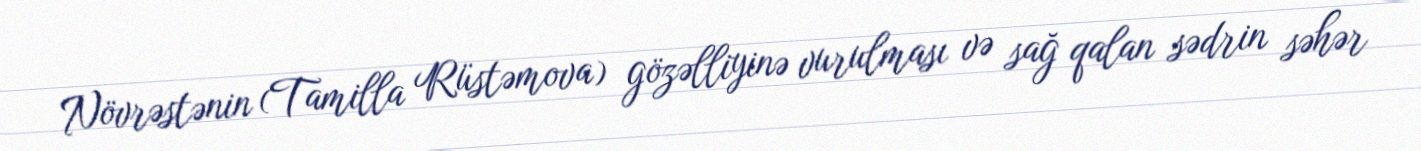
Növrəstənin (Tamilla Rüstəmova) gözəlliyinə vurulması və sağ qalan sədrin səhər